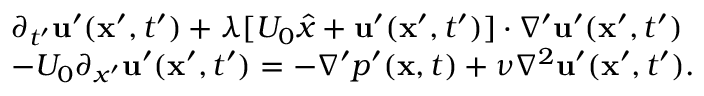
\begin{array} { r l } & { \partial _ { t ^ { \prime } } { \bf u ^ { \prime } } ( { \bf x ^ { \prime } } , t ^ { \prime } ) + \lambda [ U _ { 0 } \hat { x } + { \bf u ^ { \prime } } ( { \bf x ^ { \prime } } , t ^ { \prime } ) ] \cdot \nabla ^ { \prime } { \bf u ^ { \prime } } ( { \bf x ^ { \prime } } , t ^ { \prime } ) } \\ & { - U _ { 0 } \partial _ { x ^ { \prime } } { \bf u ^ { \prime } } ( { \bf x ^ { \prime } } , t ^ { \prime } ) = - \nabla ^ { \prime } p ^ { \prime } ( { \bf x } , t ) + \nu \nabla ^ { 2 } { \bf u ^ { \prime } } ( { \bf x ^ { \prime } } , t ^ { \prime } ) . } \end{array}